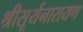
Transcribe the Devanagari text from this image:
श्रीसूर्यनारायण